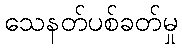
သေနတ်ပစ်ခတ်မှု